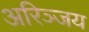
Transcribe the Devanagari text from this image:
अरिञ्जय